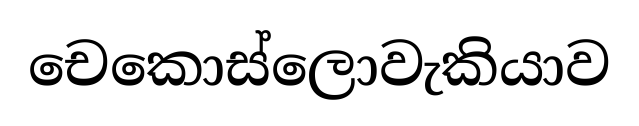
චෙකොස්ලොවැකියාව